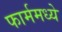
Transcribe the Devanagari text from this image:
फार्ममध्ये